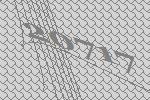
20717